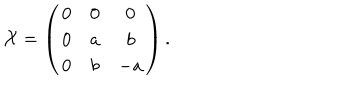
LaTeX: { \cal X } = \left( \begin{array} { c c c } { { 0 } } & { { 0 } } & { { 0 } } \\ { { 0 } } & { { a } } & { { b } } \\ { { 0 } } & { { b } } & { { - a } } \\ \end{array} \right) .